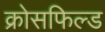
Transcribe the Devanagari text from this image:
क्रोसफिल्ड